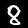
Label: 8